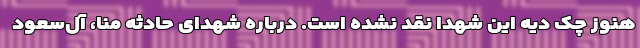
هنوز چک دیه این شهدا نقد نشده است. درباره شهدای حادثه منا، آل‌سعود